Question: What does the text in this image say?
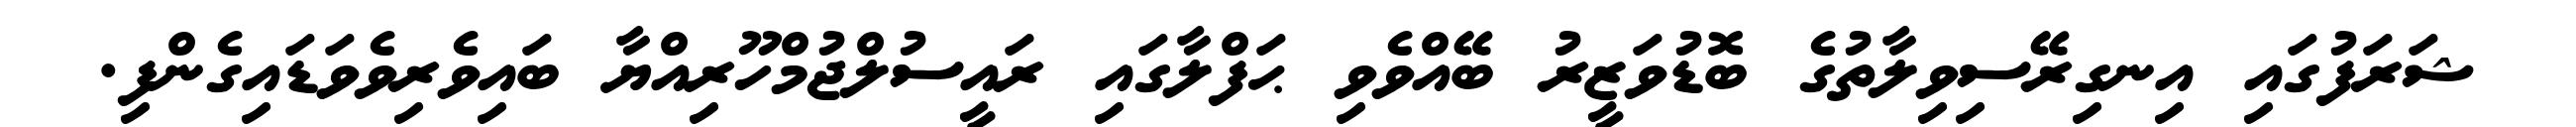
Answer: ޝަރަފުގައި އިނގިރޭސިވިލާތުގެ ބޮޑުވަޒީރު ބޭއްވެވި ޙަފްލާގައި ރައީސުލްޖުމްހޫރިއްޔާ ބައިވެރިވެވަޑައިގެންފި.